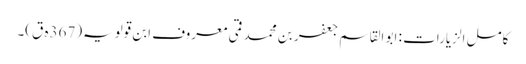
کامل الزیارات : ابو القاسم جعفر بن محمد قمی معروف ابن قولویہ(367ہ ق)۔